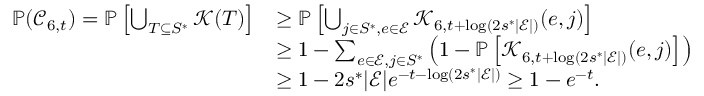
\begin{array} { r l } { \mathbb { P } ( \mathcal { C } _ { 6 , t } ) = \mathbb { P } \left[ \bigcup _ { T \subseteq S ^ { * } } \mathcal { K } ( T ) \right] } & { \ge \mathbb { P } \left[ \bigcup _ { j \in S ^ { * } , e \in \mathcal { E } } \mathcal { K } _ { 6 , t + \log ( 2 s ^ { * } | \mathcal { E } | ) } ( e , j ) \right] } \\ & { \ge 1 - \sum _ { e \in \mathcal { E } , j \in S ^ { * } } \left( 1 - \mathbb { P } \left[ \mathcal { K } _ { 6 , t + \log ( 2 s ^ { * } | \mathcal { E } | ) } ( e , j ) \right] \right) } \\ & { \ge 1 - 2 s ^ { * } | \mathcal { E } | e ^ { - t - \log ( 2 s ^ { * } | \mathcal { E } | ) } \ge 1 - e ^ { - t } . } \end{array}